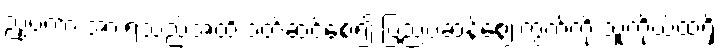
ညှပ်ကာ အားရသည်အထိ ဝတ်ဆင်စေ၍ ပြည်ပဆန်ဈေးကွက်ကို သူ့ကိုယ်ထဲရှိ